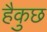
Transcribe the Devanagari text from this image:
हैकुछ